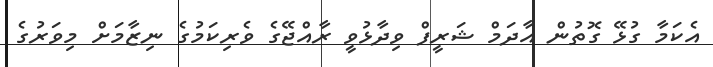
އެކަމާ ގުޅޭ ގޮތުން އާދަމް ޝަރީފް ވިދާޅުވީ ރާއްޖޭގެ ވެރިކަމުގެ ނިޒާމަށް މިވަރުގެ